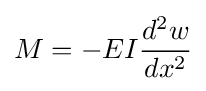
M=-EI{d^{2}w \over dx^{2}}